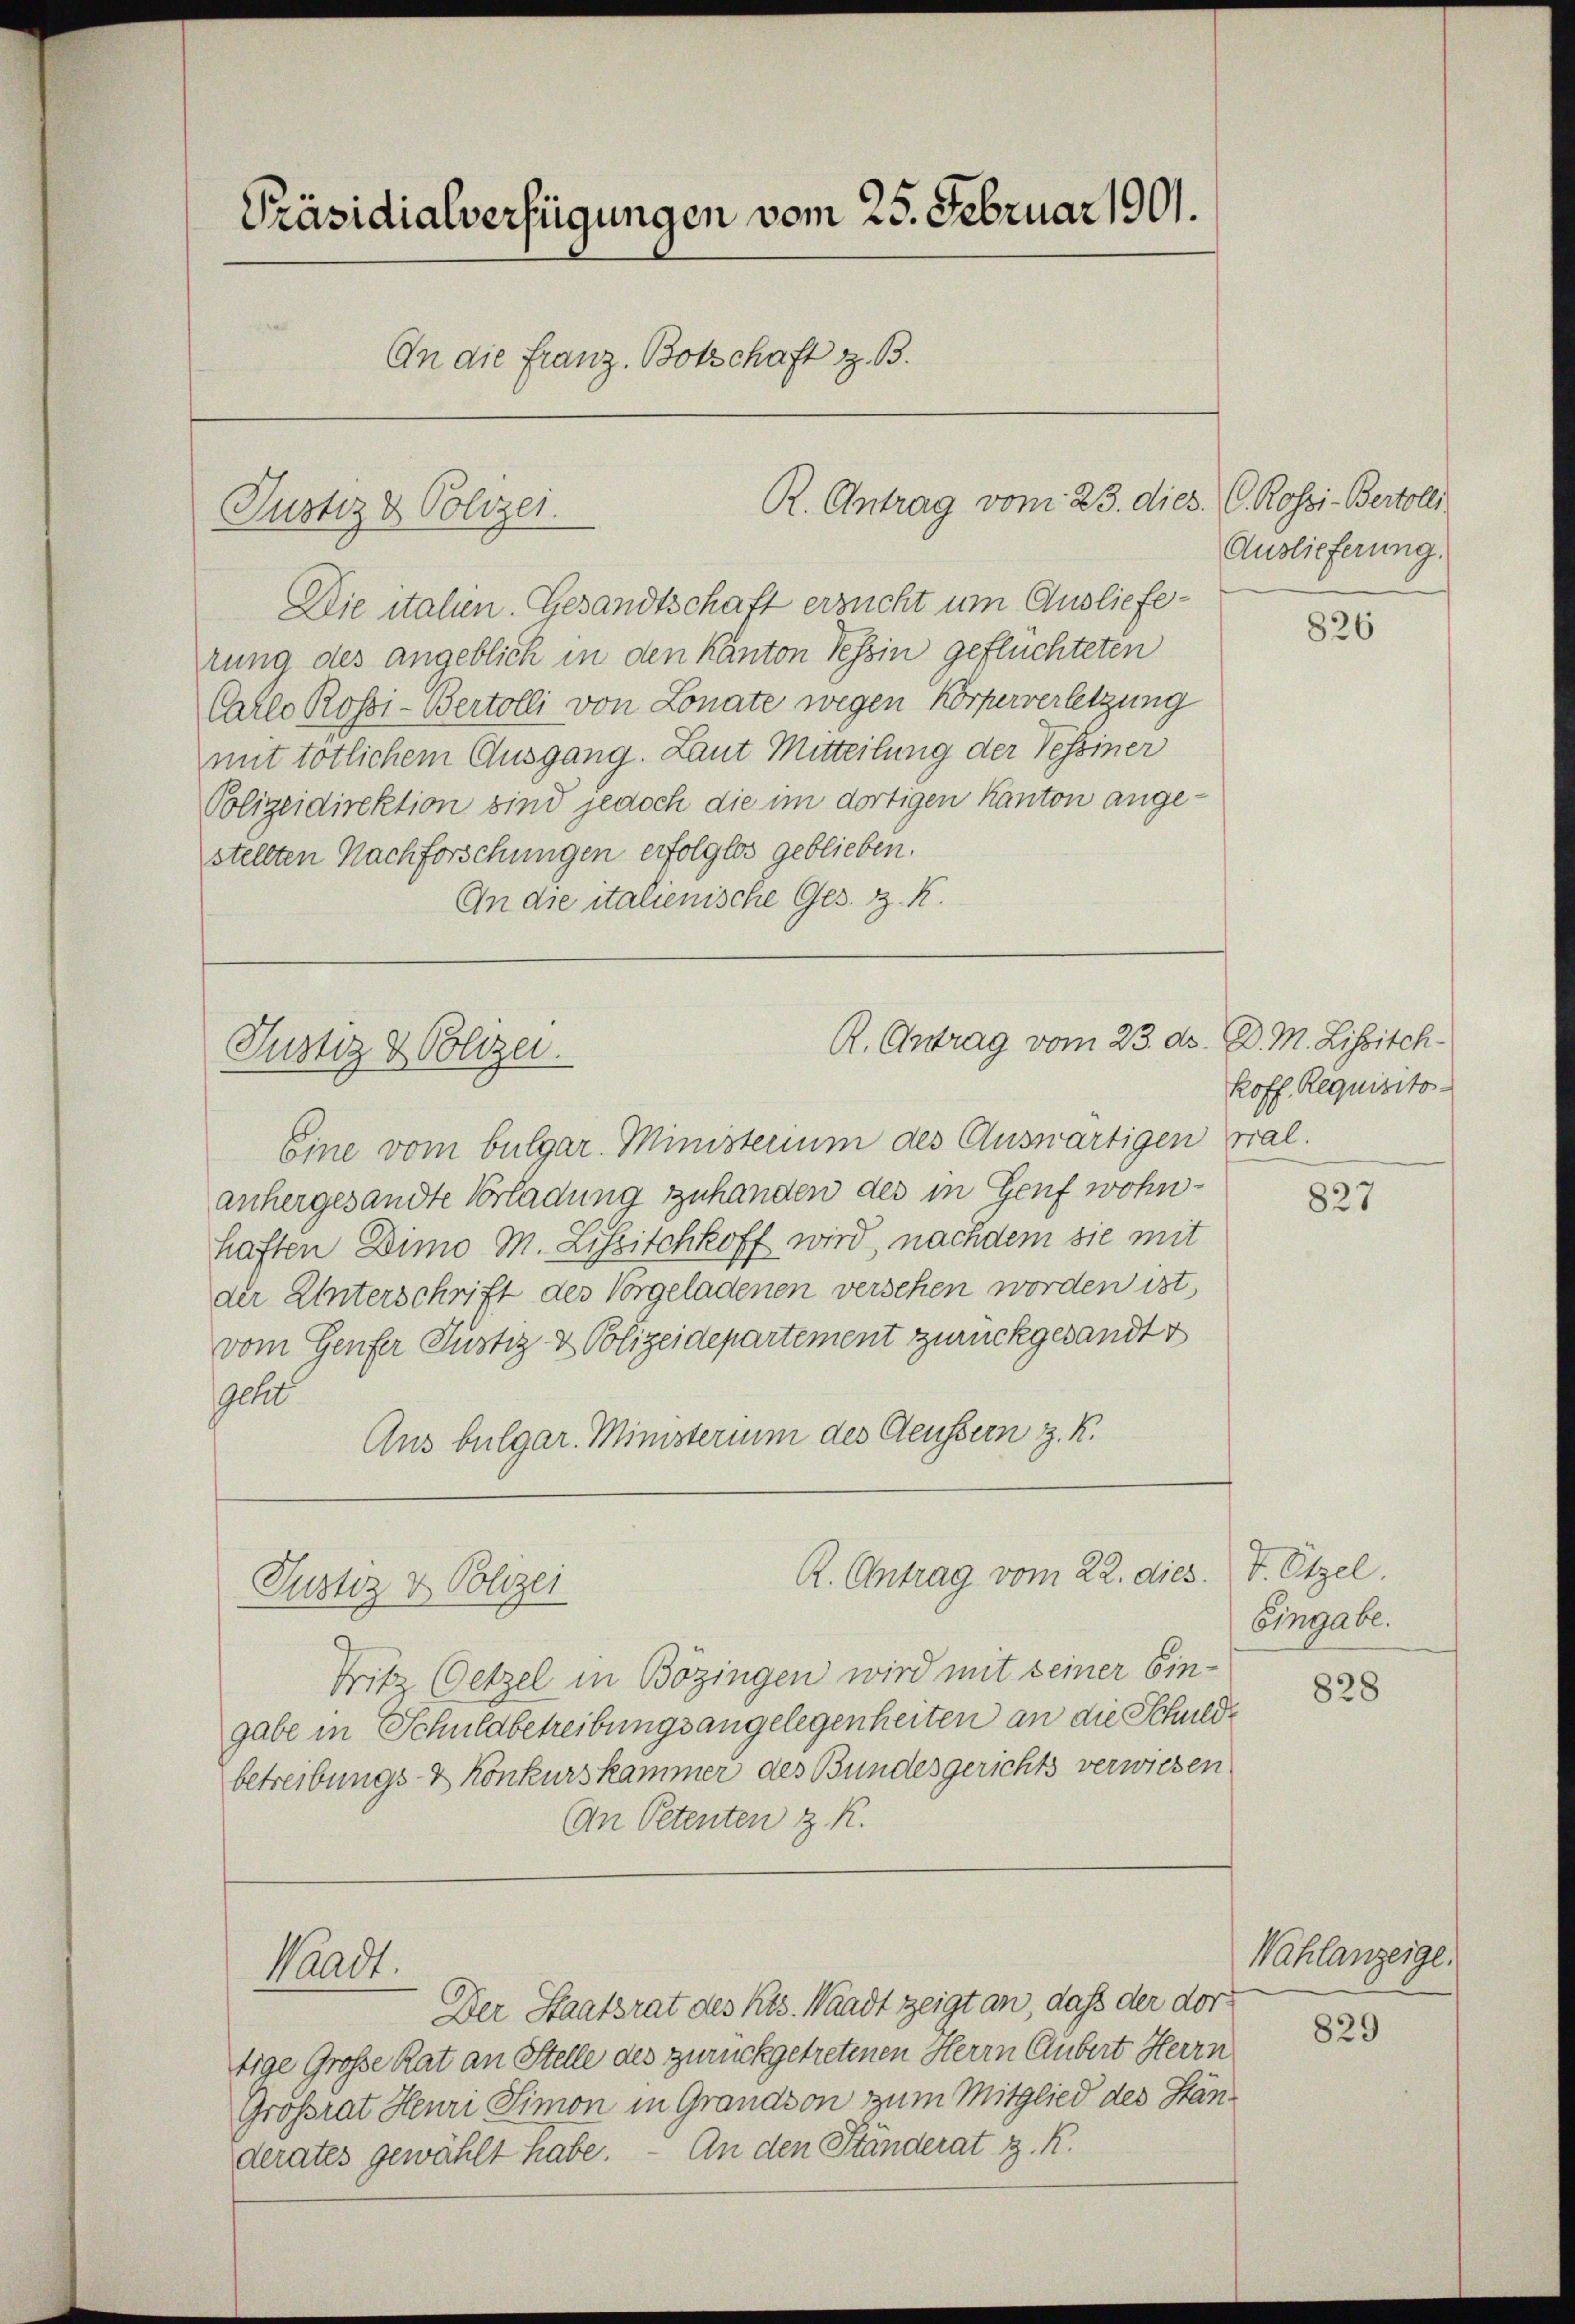
Präsidialverfügungen vom 25. Februar 1901.
An die Franz Botschaft z. B.

Die italien. Gesandtschaft ersucht um Auslieferung des angeblich in den Kanton Tessin geflüchteten
Carlo Rossi-Bertolli von Lonate wegen Körperverletzung
mit tötlichem Ausgang. Laut Mitteilung der Tessiner
Polizeidirektion sind jedoch die im dortigen Kanton angestellten Nachforschungen erfolglos geblieben.
An die italienische Ges. z. K.

Justiz & Polizei.

Justiz & Polizei.

Justiz & Polizei

R. Antrag vom 23. dies

R. Antrag vom 23. ds. D. M. Lissisch-

R. Antrag vom 22. dies

C. Rossi-Bertolli
Auslieferung.

Eine vom bulgar. Ministerium des Auswärtigen vial.
anhergesandte Vorladung zuhanden des in Genf wohnhaften Dimo M. Liszischkoff wird, nachdem sie mit
der Unterschrift des Vorgeladenen versehen worden ist,
vom Genfer Justiz & Polizeidepartement zurückgesandt
geht
Aus bulgar. Ministerium des Aeussern z. K.
Fritz Getzel in Bözingen wird mit seiner Ein-
gabe in Schuldbetreibungsangelegenheiten an die Schuldbetreibungs- & Konkurskammer des Bundesgerichts verwiesen
An Petenten z. R.
Waadt.
Der Staatsrat des Kts. Waadt zeigt an, daß der dortige Große Rat an Stelle des zurückgetretenen Herrn Gubert Herrn
Grossrat Henri Simon in Grandson zum Mitglied des Ständerates gewählt habe. - An den Ständerat z. K.

826

Roff. Requisito

827

t. Eigel.
Eingabe.

828

Wahlanzeige.

829